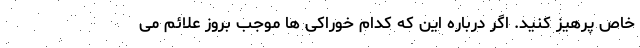
خاص پرهیز کنید. اگر درباره این که کدام خوراکی ها موجب بروز علائم می